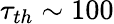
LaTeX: \tau_{th}\sim 100